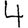
Digit: 4